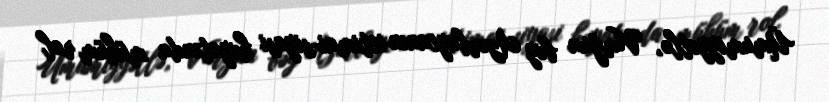
Ümumiyyətlə, Vurğun bəy Azərbaycanın ictimai-siyasi həyatında mühüm rol